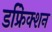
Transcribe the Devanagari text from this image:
डफ्रेिक्शन